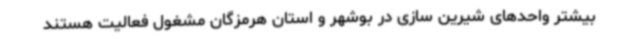
بیشتر واحدهای شیرین سازی در بوشهر و استان هرمزگان مشغول فعالیت هستند